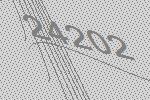
24202